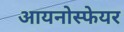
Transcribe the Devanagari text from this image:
आयनोस्फेयर